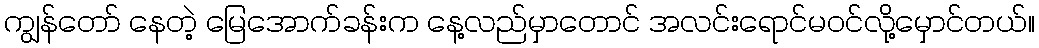
ကျွန်တော် နေတဲ့ မြေအောက်ခန်းက နေ့လည်မှာတောင် အလင်းရောင်မဝင်လို့မှောင်တယ်။